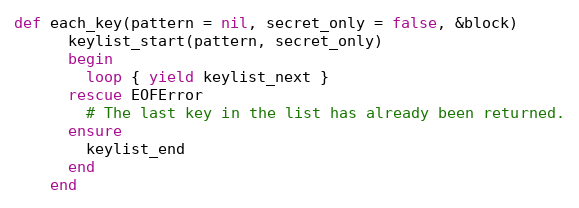
Language: Ruby
def each_key(pattern = nil, secret_only = false, &block)
      keylist_start(pattern, secret_only)
      begin
        loop { yield keylist_next }
      rescue EOFError
        # The last key in the list has already been returned.
      ensure
        keylist_end
      end
    end